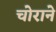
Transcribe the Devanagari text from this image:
चोराने